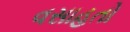
વસાહતો